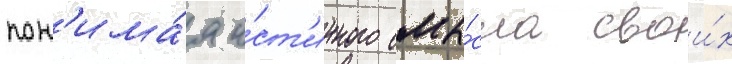
пон'има́я и́ст'инного смы́сла свои́х